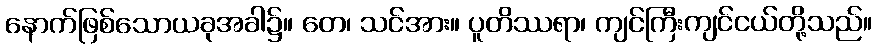
နောက်ဖြစ်သောယခုအခါ၌။ တေ၊ သင်အား။ ပူတိဿရာ၊ ကျင်ကြီးကျင်ငယ်တို့သည်။